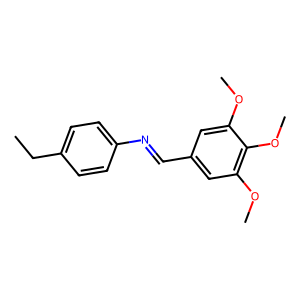
SMILES: CCc1ccc(N=Cc2cc(OC)c(OC)c(OC)c2)cc1
Inhibits HIV replication: No